Annual report on the Civil Veterinary Department, Burma (including the Insein Veterinary School) - 1910-1922
Year: 1910
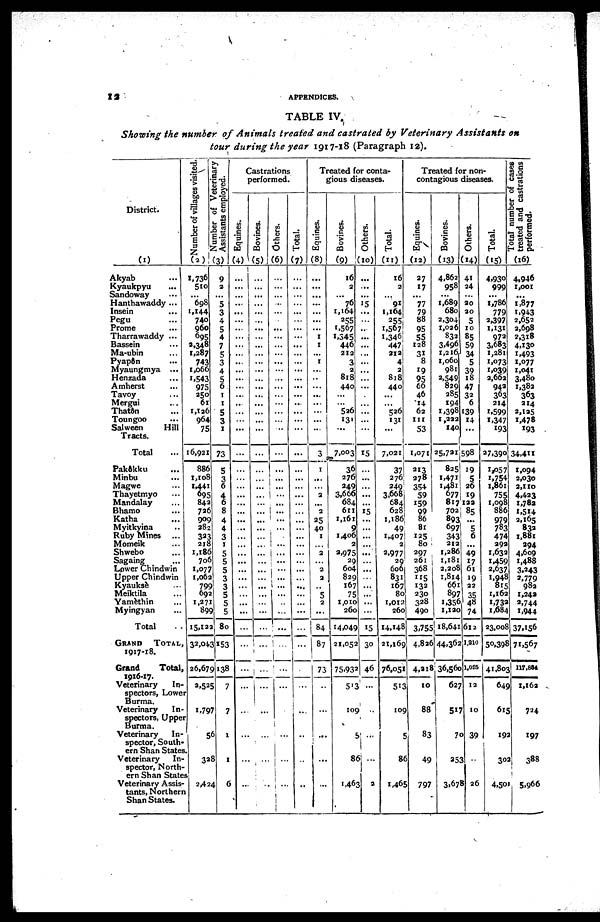
12
APPENDICES.
TABLE IV.
Showing the number of Animals treated and castrated by Veterinary Assistants on
tour during the year 1917-18 (Paragraph 12).
District.
(1)
Akyab ...
Kyaukpyu ...
Sandoway ...
Hanthawaddy ...
Insein
...
Pegu
...
Prome ...
Tharrawaddy ...
Bassein ...
Ma.ubin ...
Pyapôn ...
Myaungmya ...
Henzada ...
Amherst ...
Tavoy ...
Mergui ...
Thatôn ...
Toungoo ...
Salween
Hill
Tracts.
Total
...
Pakôkku ...
Minbu ...
Magwe ...
Thayetmyo ...
Mandalay
Bhamo ...
Katha ...
Myitkyina ...
Ruby Mines ...
Momeik ...
Shwebo ...
Sagaing ...
Lower Chindwin
Upper Chindwin
Kyaukse ...
Meiktila ...
Yamèthin ...
Myingyan ...
Total ...
GRAND TOTAL,
1917-18.
Grand
Total,
1916-17
Veterinary
In-
spectors, Lower
Burma.
Veterinary
In-
spectors, Upper
Burma.
Veterinary
In-
spector, South-
ern Shan States.
Veterinary
In-
spector, North-
ern Shan States
Veterinary Assis-
tants, Northern
Shan States.
Number of villages visited.
(2)
1,736
510
...
698
1,144
740
960
695
2,348
1,287
743
1,066
1,543
975
250
61
1,126
964
75
16,921
886
1,108
1,441
695
842
726
909
282
323
218
1,186
706
1,077
1,062
799
692
1,271
899
15,122
32,043
26,679
2,525
1,797
5
328
2,42
IN umber of veterinary
Assistants employed.
(3)
9
3
...
5
3
4
5
4
7
5
3
4
5
6
1
1
5
3
1
73
5
3
6
4
6
8
4
4
3
1
5
5
5
3
3
5
5
5
80
153
138
5 7
7
1
1
6
Castrations
performed.
Equines.
(4)
...
...
...
...
...
...
...
...
...
...
...
...
...
...
...
...
...
...
...
...
...
...
...
...
...
...
...
...
...
...
...
...
...
...
...
...
...
...
...
...
...
...
...
...
...
...
Bovines.
(5)
...
...
...
...
...
...
...
...
...
...
...
...
...
...
...
...
...
...
...
...
...
...
...
...
...
...
...
...
...
...
...
...
...
...
...
...
...
...
...
...
...
...
...
...
...
...
Others.
(6)
...
...
...
...
...
...
...
...
...
...
...
...
...
...
...
...
...
...
..
...
...
...
...
...
...
...
...
...
...
...
...
...
...
...
1 ...
...
...
...
...
...
...
...
...
...
...
...
Total.
(7)
...
...
...
...
...
...
...
...
...
...
...
...
...
...
...
...
...
...
...
...
...
...
...
...
...
...
...
... ...
...
...
...
...
...
...
...
...
...
...
...
...
...
...
...
...
Treated for conta-
gious diseases.
Equines.
(8)
...
...
...
...
...
...
...
1
1
...
1
...
...
...
...
...
...
...
...
3
1
...
...
2
...
2
25
40
1
...
2
...
2
2
...
5
2
...
84
87
73
...
...
...
...
...
Bovines.
(9)
16
2
...
76
1,164
255
1,567
1,345
446
212
3
2
818
440
...
...
526
131
...
7,003
36
276
249
3,666
684
6x1
1,161
9
1,406
2
a,975
29
604
829
167
75
1,010
260
14,049
121,052
75,932
513
109
5
8
1,463
Others.
(10)
...
...
...
15
...
...
...
...
...
...
...
...
...
...
...
...
...
...
15
...
...
...
...
...
15
...
...
... ...
...
...
...
...
...
...
...
...
15
30
46
...
...
...
...
2
Total.
(11)
16
2
...
91
1,164
255
1,567
1,346
447
212
4
2|
818
440
...
...
526
131
...
7,021
37
276!
249
3,668
684
628
1,186
49
1,407
2
2,977
29
606
831
167
80
1,012
260
14,148
21,169
76,051
513
109
5
86
1,465
Treated for non-
contagious diseases.
Equines.
(12)
27
17
...
77
79
88
95
55
128
31
8
19
95
66
46
14
62
111
53
1,071
213
378
354
59
159
99
86
81
125
80
297
261
368
115
132
230
328
490
3,755
4,826
4,218
10
88
83
49
797
Bovines.
(13)
4,862
958
...
1,689
680
2,304
1,026
832
3,496
1,216
1,060
981
2,549
829
285
194
1,398
1,222
140
25,721
825
1,471
1,481
6771
8x7
702
893
697
343
212
1,286
1,181
2,208
1,814
661
897
1,356
1,120
18,641
44,362
36,560
627
517
70
253
3,678
Others.
(14)
41
24
...
30
30
5
10
85
59
34
5
39
18
47
32
6
139
14
...
598
19
5
26
19
122
85
...
5
6
...
49
17
61
19
22
35
48
74
612
1,210
1,025
12
10
39
...
26
Total.
(15)
4.930
999
...
1,786
779
2,397
1,131
973
3,683
1,281
1,073
1,039
2,662
943
363
214
1,599
1,347
193
27,390
1,057
1,754
1,861
755
1,098
886
979
783
474
292
1,632
1,459
2,637
1,948
815
1,162
1,732
1,684
23,008
50,398
41,803
649
615
192
302
4,50
Total
number of cases
treated and castrations
performed.
(16)
4,946
1,001
...
1,877
1,943
2,652
2,698
2,318
4,130
1,493
1,077
1,041
3.48o
1,382
363
214
2,125
1,478
193
34,411
1,094
2,030
2,110
4,423
1,782
1,514
2,165
832
1,881
394
4,609
1,488
3,243
2,779
982
1,242
2,744
1,944
37,156
71,567
117,854
1,162
724
197
388
5,966